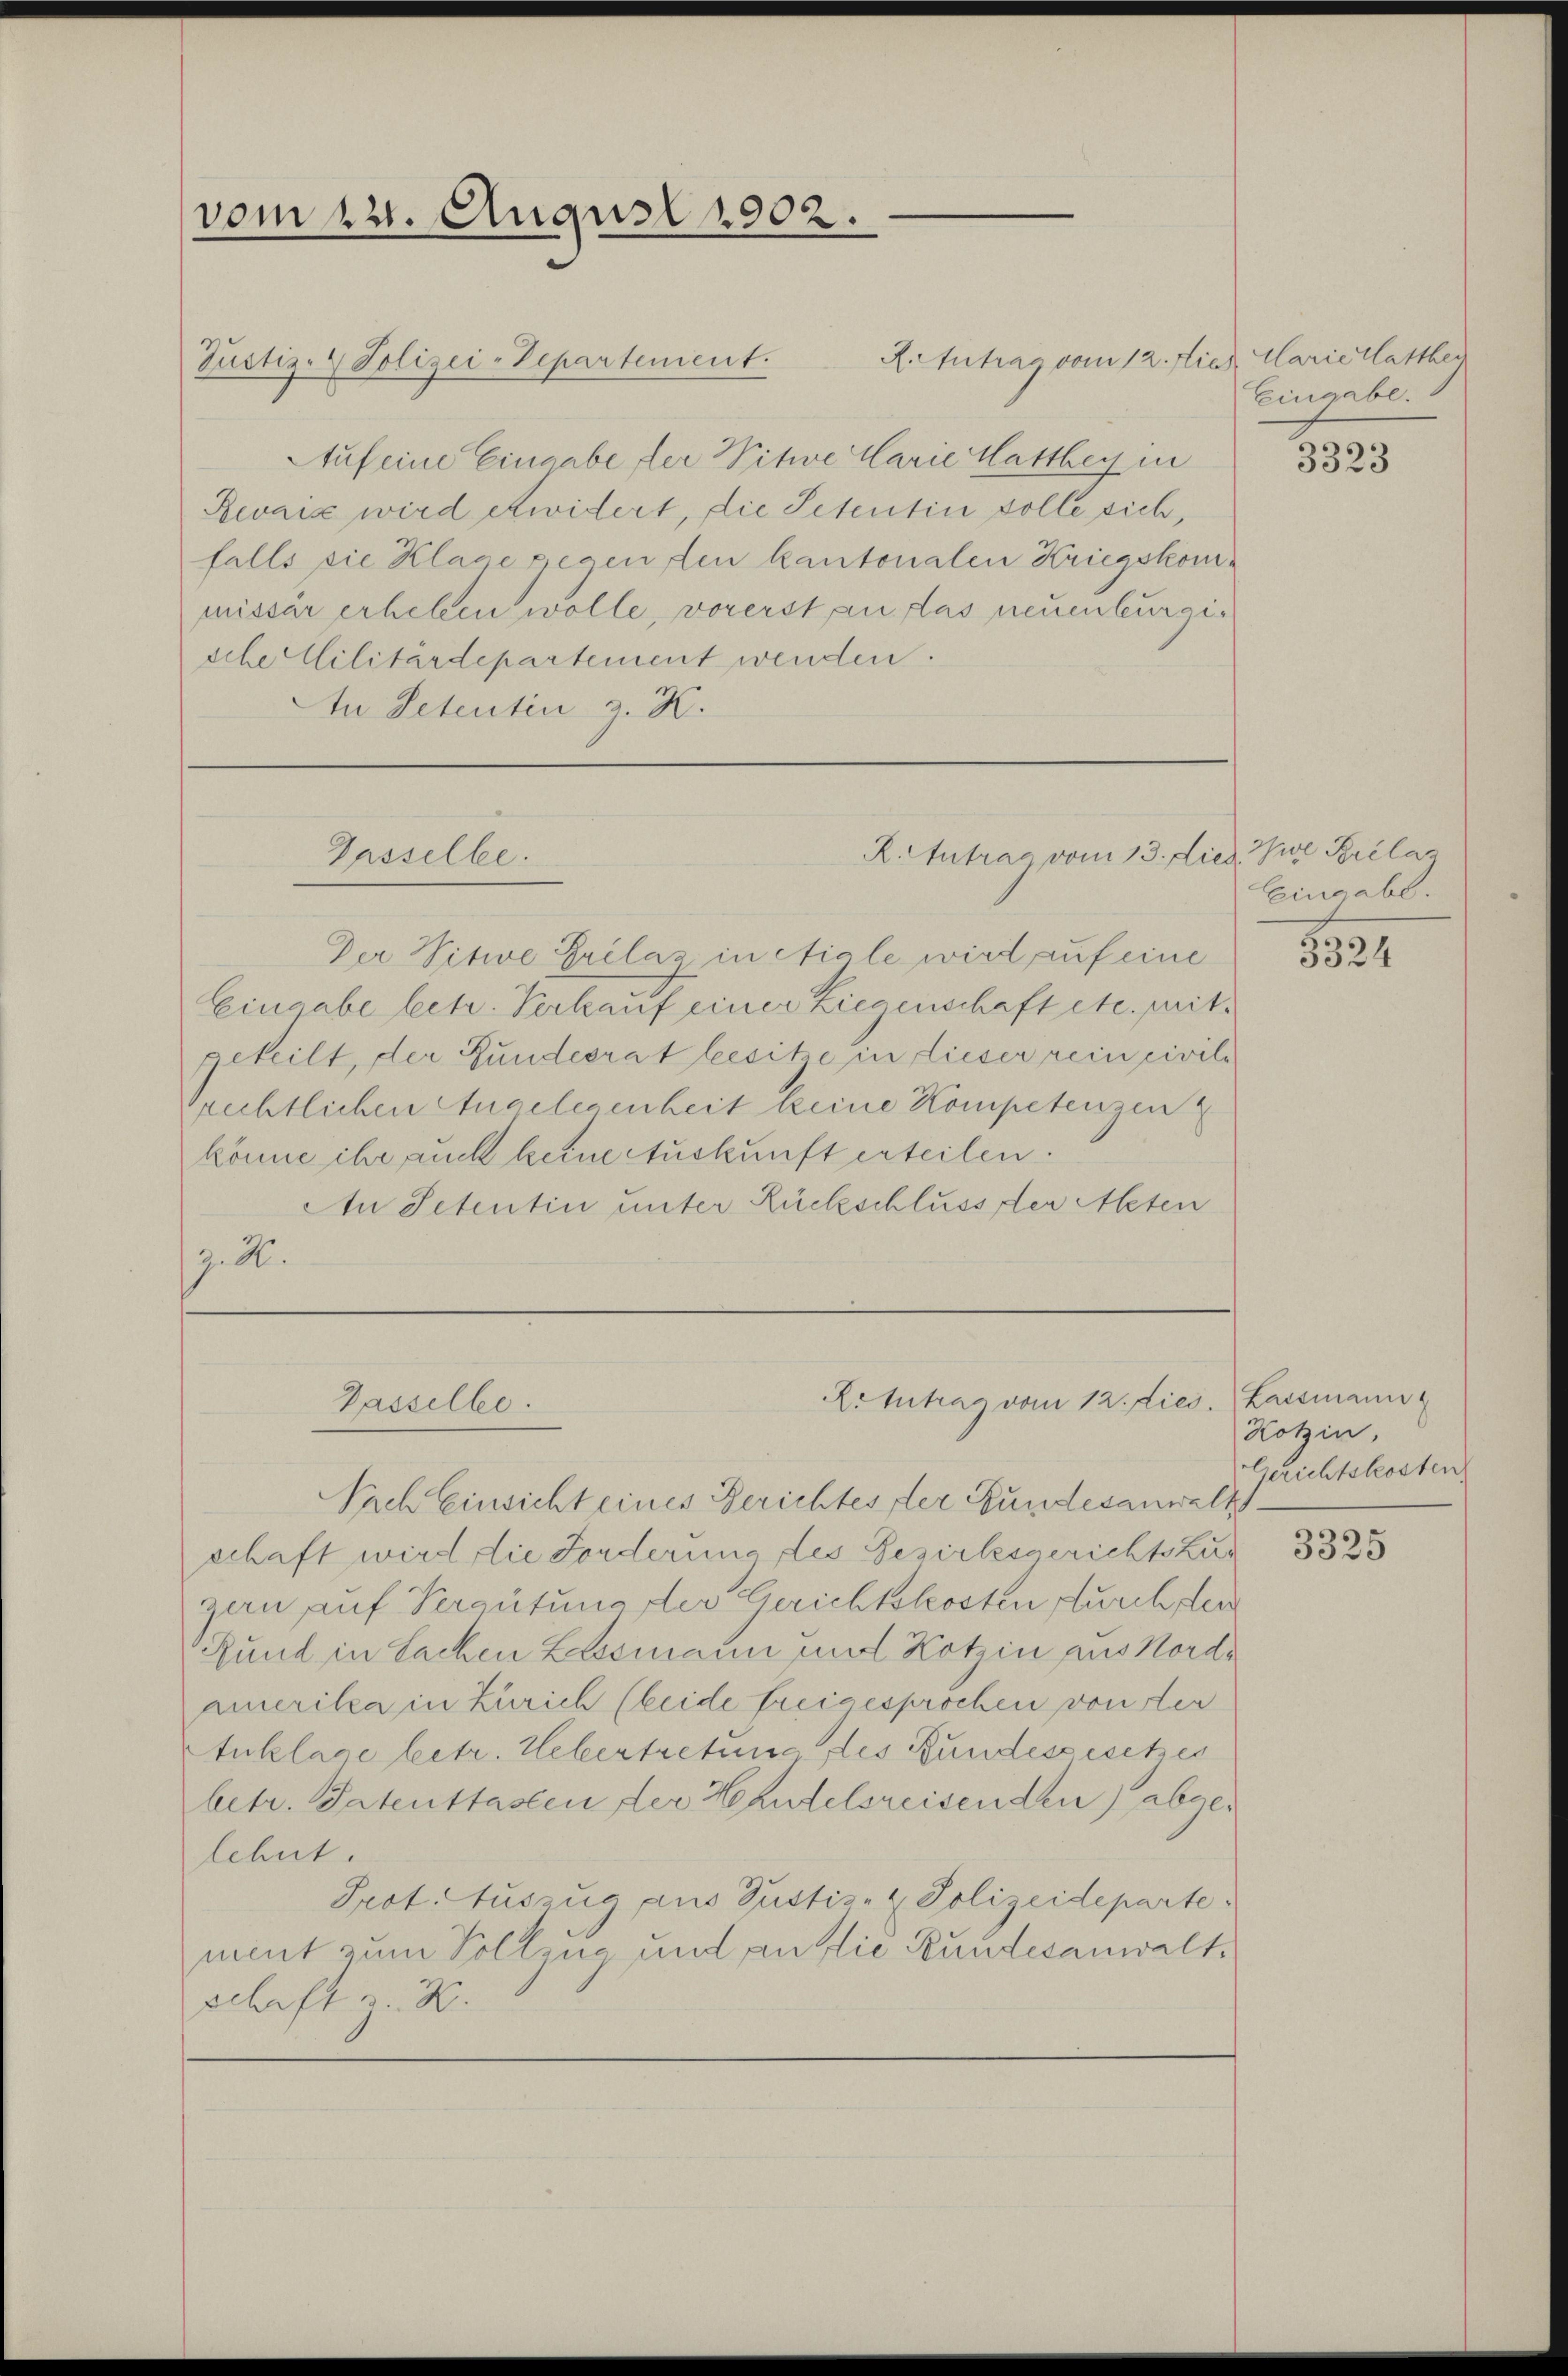
vom 12. August 1902.

R. tutrag vom 12. die Marie latthei
Justiz- & Polizei-Departement.
Auf eine Eingabe der Witwe Carie Matthey in
Revanz wird erwidert, die Petentin solle sich,
falls sie Klage gegen den kantonalen Kriegskommissär erheben wolle, vorerst an das neuenburgische Militärdepartement wenden.
An Petentin z. K.

Gasselbe.

R. Antrag vom 13. dies se Prélaz

LiIntrag vom 12. Lies. Lassmann
Gasselbe.

Eingabe.

Der Vitwe Grilaz in Aigle wird auf eine
Eingabe betr. Verkauf einer Liegenschaft etc. peitgeteilt, der Bundesrat besitze in dieser rein civili
rechtlichen Angelegenheit keine Kompetenzen
könne ihr auch keine Auskunft erteilen.
An Petentin unter Rückschluss der Meten
3.2.

Nach Einsicht eines Gerichtes der Bundesanwalts
schaft wird die Forderung des Bezirksgerichtskur
gern auf Vergütung der Gerichtskosten durch der
Rund in Sachen Lassmann und Kothin aus Nordamerika in Zürich (beide freigesprochen von der
Anklage betr. Uebertretung des Bundesgesetzes
betr. Patenttasten der Handelsreisenden) abgelehnt.
Prot. Auszug aus Justiz- & Polizeideparte.
mint zum Vollzug und an die Rundesanwaltschaft z. B.

3323

Exingabe.

5324

Hotzin,
Gerichtskosten

3325